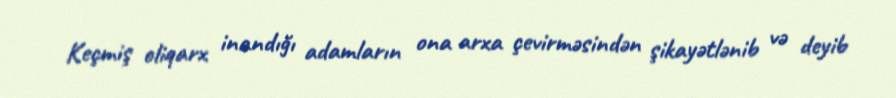
Keçmiş oliqarx inandığı adamların ona arxa çevirməsindən şikayətlənib və deyib